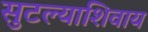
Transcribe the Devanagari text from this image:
सुटल्याशिवाय